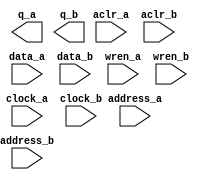
// megafunction wizard: %RAM: 2-PORT%VBB%
// GENERATION: STANDARD
// VERSION: WM1.0
// MODULE: altsyncram 

// ============================================================
// Megafunction Name(s):
// 			altsyncram
//
// Simulation Library Files(s):
// 			altera_mf
// ============================================================
// ************************************************************
// THIS IS A WIZARD-GENERATED FILE. DO NOT EDIT THIS FILE!
//
// 13.1.0 Build 162 10/23/2013 SJ Full Version
// ************************************************************

//Copyright (C) 1991-2013 Altera Corporation
//Your use of Altera Corporation's design tools, logic functions 
//and other software and tools, and its AMPP partner logic 
//functions, and any output files from any of the foregoing 
//(including device programming or simulation files), and any 
//associated documentation or information are expressly subject 
//to the terms and conditions of the Altera Program License 
//Subscription Agreement, Altera MegaCore Function License 
//Agreement, or other applicable license agreement, including, 
//without limitation, that your use is for the sole purpose of 
//programming logic devices manufactured by Altera and sold by 
//Altera or its authorized distributors.  Please refer to the 
//applicable agreement for further details.

module GPUMemory (
	aclr_a,
	aclr_b,
	address_a,
	address_b,
	clock_a,
	clock_b,
	data_a,
	data_b,
	wren_a,
	wren_b,
	q_a,
	q_b);

	input	  aclr_a;
	input	  aclr_b;
	input	[13:0]  address_a;
	input	[13:0]  address_b;
	input	  clock_a;
	input	  clock_b;
	input	[31:0]  data_a;
	input	[31:0]  data_b;
	input	  wren_a;
	input	  wren_b;
	output	[31:0]  q_a;
	output	[31:0]  q_b;
`ifndef ALTERA_RESERVED_QIS
// synopsys translate_off
`endif
	tri0	  aclr_a;
	tri0	  aclr_b;
	tri1	  clock_a;
	tri0	  wren_a;
	tri0	  wren_b;
`ifndef ALTERA_RESERVED_QIS
// synopsys translate_on
`endif

endmodule

// ============================================================
// CNX file retrieval info
// ============================================================
// Retrieval info: PRIVATE: ADDRESSSTALL_A NUMERIC "0"
// Retrieval info: PRIVATE: ADDRESSSTALL_B NUMERIC "0"
// Retrieval info: PRIVATE: BYTEENA_ACLR_A NUMERIC "0"
// Retrieval info: PRIVATE: BYTEENA_ACLR_B NUMERIC "0"
// Retrieval info: PRIVATE: BYTE_ENABLE_A NUMERIC "0"
// Retrieval info: PRIVATE: BYTE_ENABLE_B NUMERIC "0"
// Retrieval info: PRIVATE: BYTE_SIZE NUMERIC "8"
// Retrieval info: PRIVATE: BlankMemory NUMERIC "1"
// Retrieval info: PRIVATE: CLOCK_ENABLE_INPUT_A NUMERIC "0"
// Retrieval info: PRIVATE: CLOCK_ENABLE_INPUT_B NUMERIC "0"
// Retrieval info: PRIVATE: CLOCK_ENABLE_OUTPUT_A NUMERIC "0"
// Retrieval info: PRIVATE: CLOCK_ENABLE_OUTPUT_B NUMERIC "0"
// Retrieval info: PRIVATE: CLRdata NUMERIC "0"
// Retrieval info: PRIVATE: CLRq NUMERIC "1"
// Retrieval info: PRIVATE: CLRrdaddress NUMERIC "0"
// Retrieval info: PRIVATE: CLRrren NUMERIC "0"
// Retrieval info: PRIVATE: CLRwraddress NUMERIC "0"
// Retrieval info: PRIVATE: CLRwren NUMERIC "0"
// Retrieval info: PRIVATE: Clock NUMERIC "5"
// Retrieval info: PRIVATE: Clock_A NUMERIC "0"
// Retrieval info: PRIVATE: Clock_B NUMERIC "0"
// Retrieval info: PRIVATE: IMPLEMENT_IN_LES NUMERIC "0"
// Retrieval info: PRIVATE: INDATA_ACLR_B NUMERIC "0"
// Retrieval info: PRIVATE: INDATA_REG_B NUMERIC "1"
// Retrieval info: PRIVATE: INIT_FILE_LAYOUT STRING "PORT_A"
// Retrieval info: PRIVATE: INIT_TO_SIM_X NUMERIC "0"
// Retrieval info: PRIVATE: INTENDED_DEVICE_FAMILY STRING "Cyclone IV GX"
// Retrieval info: PRIVATE: JTAG_ENABLED NUMERIC "0"
// Retrieval info: PRIVATE: JTAG_ID STRING "NONE"
// Retrieval info: PRIVATE: MAXIMUM_DEPTH NUMERIC "0"
// Retrieval info: PRIVATE: MEMSIZE NUMERIC "524288"
// Retrieval info: PRIVATE: MEM_IN_BITS NUMERIC "0"
// Retrieval info: PRIVATE: MIFfilename STRING ""
// Retrieval info: PRIVATE: OPERATION_MODE NUMERIC "3"
// Retrieval info: PRIVATE: OUTDATA_ACLR_B NUMERIC "1"
// Retrieval info: PRIVATE: OUTDATA_REG_B NUMERIC "0"
// Retrieval info: PRIVATE: RAM_BLOCK_TYPE NUMERIC "0"
// Retrieval info: PRIVATE: READ_DURING_WRITE_MODE_MIXED_PORTS NUMERIC "2"
// Retrieval info: PRIVATE: READ_DURING_WRITE_MODE_PORT_A NUMERIC "3"
// Retrieval info: PRIVATE: READ_DURING_WRITE_MODE_PORT_B NUMERIC "3"
// Retrieval info: PRIVATE: REGdata NUMERIC "1"
// Retrieval info: PRIVATE: REGq NUMERIC "0"
// Retrieval info: PRIVATE: REGrdaddress NUMERIC "0"
// Retrieval info: PRIVATE: REGrren NUMERIC "0"
// Retrieval info: PRIVATE: REGwraddress NUMERIC "1"
// Retrieval info: PRIVATE: REGwren NUMERIC "1"
// Retrieval info: PRIVATE: SYNTH_WRAPPER_GEN_POSTFIX STRING "0"
// Retrieval info: PRIVATE: USE_DIFF_CLKEN NUMERIC "0"
// Retrieval info: PRIVATE: UseDPRAM NUMERIC "1"
// Retrieval info: PRIVATE: VarWidth NUMERIC "0"
// Retrieval info: PRIVATE: WIDTH_READ_A NUMERIC "32"
// Retrieval info: PRIVATE: WIDTH_READ_B NUMERIC "32"
// Retrieval info: PRIVATE: WIDTH_WRITE_A NUMERIC "32"
// Retrieval info: PRIVATE: WIDTH_WRITE_B NUMERIC "32"
// Retrieval info: PRIVATE: WRADDR_ACLR_B NUMERIC "0"
// Retrieval info: PRIVATE: WRADDR_REG_B NUMERIC "1"
// Retrieval info: PRIVATE: WRCTRL_ACLR_B NUMERIC "0"
// Retrieval info: PRIVATE: enable NUMERIC "0"
// Retrieval info: PRIVATE: rden NUMERIC "0"
// Retrieval info: LIBRARY: altera_mf altera_mf.altera_mf_components.all
// Retrieval info: CONSTANT: ADDRESS_REG_B STRING "CLOCK1"
// Retrieval info: CONSTANT: CLOCK_ENABLE_INPUT_A STRING "BYPASS"
// Retrieval info: CONSTANT: CLOCK_ENABLE_INPUT_B STRING "BYPASS"
// Retrieval info: CONSTANT: CLOCK_ENABLE_OUTPUT_A STRING "BYPASS"
// Retrieval info: CONSTANT: CLOCK_ENABLE_OUTPUT_B STRING "BYPASS"
// Retrieval info: CONSTANT: INDATA_REG_B STRING "CLOCK1"
// Retrieval info: CONSTANT: INTENDED_DEVICE_FAMILY STRING "Cyclone IV GX"
// Retrieval info: CONSTANT: LPM_TYPE STRING "altsyncram"
// Retrieval info: CONSTANT: NUMWORDS_A NUMERIC "16384"
// Retrieval info: CONSTANT: NUMWORDS_B NUMERIC "16384"
// Retrieval info: CONSTANT: OPERATION_MODE STRING "BIDIR_DUAL_PORT"
// Retrieval info: CONSTANT: OUTDATA_ACLR_A STRING "CLEAR0"
// Retrieval info: CONSTANT: OUTDATA_ACLR_B STRING "CLEAR1"
// Retrieval info: CONSTANT: OUTDATA_REG_A STRING "UNREGISTERED"
// Retrieval info: CONSTANT: OUTDATA_REG_B STRING "UNREGISTERED"
// Retrieval info: CONSTANT: POWER_UP_UNINITIALIZED STRING "FALSE"
// Retrieval info: CONSTANT: READ_DURING_WRITE_MODE_PORT_A STRING "NEW_DATA_NO_NBE_READ"
// Retrieval info: CONSTANT: READ_DURING_WRITE_MODE_PORT_B STRING "NEW_DATA_NO_NBE_READ"
// Retrieval info: CONSTANT: WIDTHAD_A NUMERIC "14"
// Retrieval info: CONSTANT: WIDTHAD_B NUMERIC "14"
// Retrieval info: CONSTANT: WIDTH_A NUMERIC "32"
// Retrieval info: CONSTANT: WIDTH_B NUMERIC "32"
// Retrieval info: CONSTANT: WIDTH_BYTEENA_A NUMERIC "1"
// Retrieval info: CONSTANT: WIDTH_BYTEENA_B NUMERIC "1"
// Retrieval info: CONSTANT: WRCONTROL_WRADDRESS_REG_B STRING "CLOCK1"
// Retrieval info: USED_PORT: aclr_a 0 0 0 0 INPUT GND "aclr_a"
// Retrieval info: USED_PORT: aclr_b 0 0 0 0 INPUT GND "aclr_b"
// Retrieval info: USED_PORT: address_a 0 0 14 0 INPUT NODEFVAL "address_a[13..0]"
// Retrieval info: USED_PORT: address_b 0 0 14 0 INPUT NODEFVAL "address_b[13..0]"
// Retrieval info: USED_PORT: clock_a 0 0 0 0 INPUT VCC "clock_a"
// Retrieval info: USED_PORT: clock_b 0 0 0 0 INPUT NODEFVAL "clock_b"
// Retrieval info: USED_PORT: data_a 0 0 32 0 INPUT NODEFVAL "data_a[31..0]"
// Retrieval info: USED_PORT: data_b 0 0 32 0 INPUT NODEFVAL "data_b[31..0]"
// Retrieval info: USED_PORT: q_a 0 0 32 0 OUTPUT NODEFVAL "q_a[31..0]"
// Retrieval info: USED_PORT: q_b 0 0 32 0 OUTPUT NODEFVAL "q_b[31..0]"
// Retrieval info: USED_PORT: wren_a 0 0 0 0 INPUT GND "wren_a"
// Retrieval info: USED_PORT: wren_b 0 0 0 0 INPUT GND "wren_b"
// Retrieval info: CONNECT: @aclr0 0 0 0 0 aclr_a 0 0 0 0
// Retrieval info: CONNECT: @aclr1 0 0 0 0 aclr_b 0 0 0 0
// Retrieval info: CONNECT: @address_a 0 0 14 0 address_a 0 0 14 0
// Retrieval info: CONNECT: @address_b 0 0 14 0 address_b 0 0 14 0
// Retrieval info: CONNECT: @clock0 0 0 0 0 clock_a 0 0 0 0
// Retrieval info: CONNECT: @clock1 0 0 0 0 clock_b 0 0 0 0
// Retrieval info: CONNECT: @data_a 0 0 32 0 data_a 0 0 32 0
// Retrieval info: CONNECT: @data_b 0 0 32 0 data_b 0 0 32 0
// Retrieval info: CONNECT: @wren_a 0 0 0 0 wren_a 0 0 0 0
// Retrieval info: CONNECT: @wren_b 0 0 0 0 wren_b 0 0 0 0
// Retrieval info: CONNECT: q_a 0 0 32 0 @q_a 0 0 32 0
// Retrieval info: CONNECT: q_b 0 0 32 0 @q_b 0 0 32 0
// Retrieval info: GEN_FILE: TYPE_NORMAL GPUMemory.v TRUE
// Retrieval info: GEN_FILE: TYPE_NORMAL GPUMemory.inc FALSE
// Retrieval info: GEN_FILE: TYPE_NORMAL GPUMemory.cmp FALSE
// Retrieval info: GEN_FILE: TYPE_NORMAL GPUMemory.bsf FALSE
// Retrieval info: GEN_FILE: TYPE_NORMAL GPUMemory_inst.v FALSE
// Retrieval info: GEN_FILE: TYPE_NORMAL GPUMemory_bb.v TRUE
// Retrieval info: LIB_FILE: altera_mf